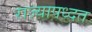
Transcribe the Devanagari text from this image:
राज्यापध्दत